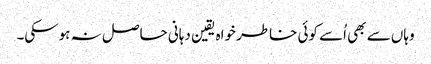
وہاں سے بھی اُسے کوئی خاطر خواہ یقین دہانی حاصل نہ ہوسکی۔